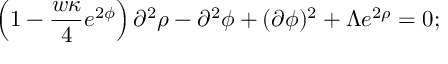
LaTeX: \left( 1 - \frac { w \kappa } { 4 } e ^ { 2 \phi } \right) \partial ^ { 2 } \rho - \partial ^ { 2 } \phi + ( \partial \phi ) ^ { 2 } + \Lambda e ^ { 2 \rho } = 0 ;